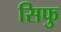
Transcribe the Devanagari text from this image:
सिफु